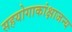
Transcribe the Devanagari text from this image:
सहयोगाकांक्षाजन्य